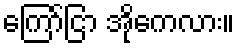
ကြော်ငြာ အိုကေလား။